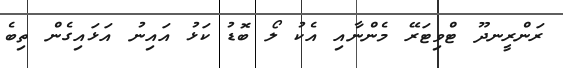
ރަންރީނދޫ ޓްވިޓަރޭ މެންނާއި އެކު ލޯ ބޮޑު ކަޅު އައިނު އަޅައިގެން ތިބެ